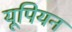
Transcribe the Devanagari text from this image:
यूपियन